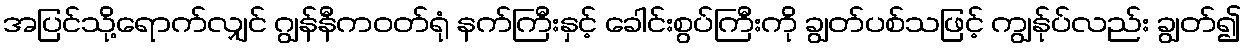
အပြင်သို့ရောက်လျှင် ဂျွန်နီကဝတ်ရုံ နက်ကြီးနှင့် ခေါင်းစွပ်ကြီးကို ချွတ်ပစ်သဖြင့် ကျွန်ုပ်လည်း ချွတ်၍